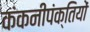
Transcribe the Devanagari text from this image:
कंकनीपंक्तियों